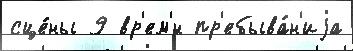
сце́ны 9 вр'ем'́н пр'ебыва́н'иjа